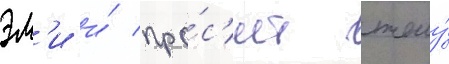
эм'и и́ про́с'ит жену́